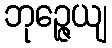
ဘုဉ္ဇေယျ